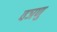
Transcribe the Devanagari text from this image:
वञणु